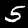
Label: 5